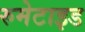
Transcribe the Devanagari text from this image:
रुमेटाइड